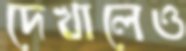
দেখালেও